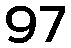
97